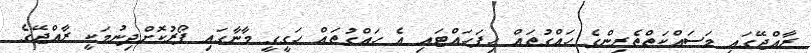
ރާއްޖޭގައި މަސައްކަތްތެރިންގެ ހައްގުތައް ހިފަހައްޓައި އެ ހައްގުތައް ހަގީގީ މާނާގައި ފޯރުކޮށްދިނުމަކީ ރާއްޖޭގެ